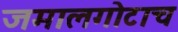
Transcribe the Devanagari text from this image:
जमालगोटाच